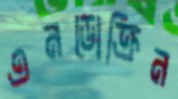
এনডোক্রিন